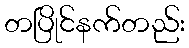
တပြိုင်နက်တည်း